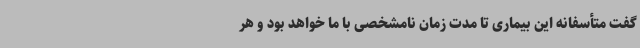
گفت متأسفانه این بیماری تا مدت‌ زمان نامشخصی با ما خواهد بود و هر